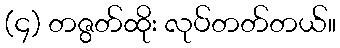
(၄) တဇွတ်ထိုး လုပ်တတ်တယ်။